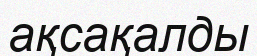
ақсақалды